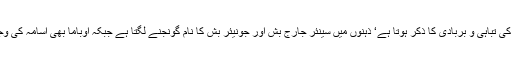
البتہ جہاں ایشیائی ممالک کی تباہی و بربادی کا ذکر ہوتا ہے‘ ذہنوں میں سینئر جارج بش اور جونیئر بش کا نام گونجنے لگتا ہے جبکہ اوباما بھی اسامہ کی وجہ سے شہرت کما چکے۔